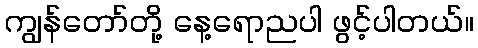
ကျွန်တော်တို့ နေ့ရောညပါ ဖွင့်ပါတယ်။